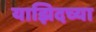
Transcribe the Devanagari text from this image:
याझिदच्या